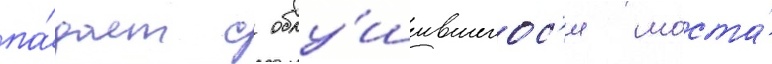
па́дает с обру́шившегос'я моста́